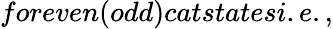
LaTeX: foreven(odd)catstatesi.e.,